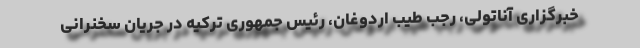
خبرگزاری آناتولی، رجب طیب اردوغان، رئیس جمهوری ترکیه در جریان سخنرانی